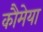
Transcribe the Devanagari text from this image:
कौमेया